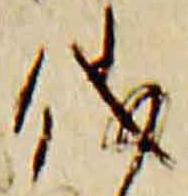
儀